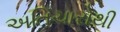
અતિચારોથી